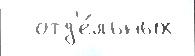
  отд'е́льных